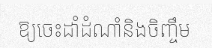
ឱ្យចេះដាំដំណាំនិងចិញ្ចឹម